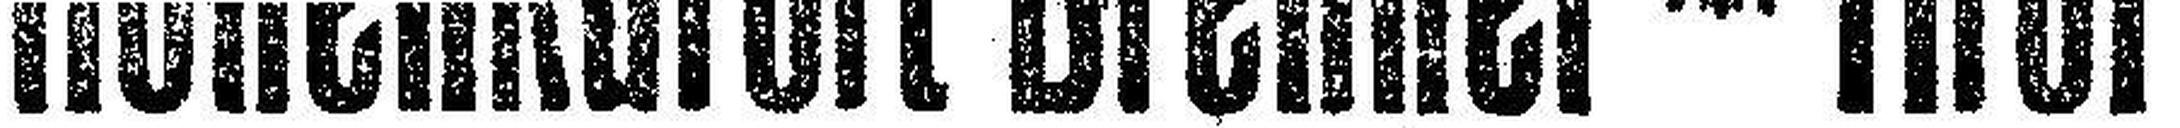
Höhenkurort Brenner * Tirol